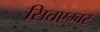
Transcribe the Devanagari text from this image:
सितएम्बर